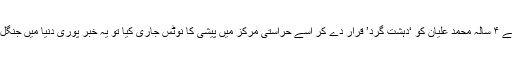
حال ہی میں اسرائیلی حکام نے ۴ سالہ محمد علیان کو ‘دہشت گرد’ قرار دے کر اسے حراستی مرکز میں پیشی کا نوٹس جاری کیا تو یہ خبر پوری دنیا میں جنگل کی آگ کی طرح پھیل گئی۔